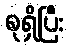
စုရှိပြီး